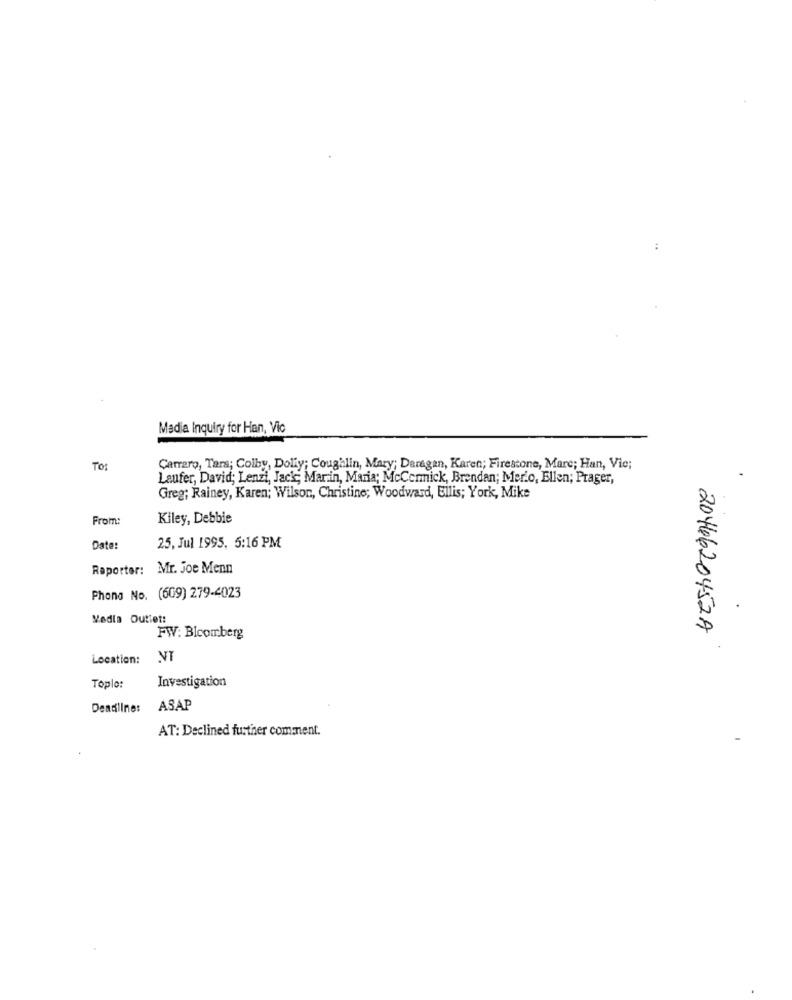
:
Media Inquiry for Han, Vic
TO:
Carrero, Tara; Colby, Dolly; Coughlin, Mary; Daragan, Karen; Firestone, Mare; Han, Vie;
Laufer, David; Lenzi, Jack, Marin, Maria; McCormick, Brendan; Merio, Ellen; Prager,
Greg; Rainey, Karen; Wilson, Christine; Woodward, Ellis; York, Mike
From:
Kiley, Debbie
Date:
25, Jul 1995, 5:16 PM
Reporter: Mr. Joe Menn
Phono No. (609) 279-4023
Media Outlet:
2046620452A
FW: Bloomberg
Location: VT
Investigation
Toplo:
Deadline:
ASAP
AT: Declined further comment.